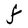
Character: F